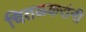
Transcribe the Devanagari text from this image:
चितळकरांनी